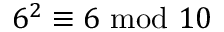
6 ^ { 2 } \equiv 6 { \mathrm { ~ m o d ~ } } 1 0